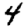
Digit: 4